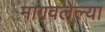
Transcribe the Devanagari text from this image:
मागवलेल्या